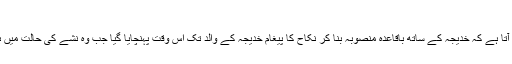
(سیرت ابن ہشام،مترجم ص174،عبداللہ اکیڈمی لاہور)
خدیجہ کے ساتھ شادی کے موقع پر محمد صلعم کا کردار مزید یوں سامنے آتا ہے کہ خدیجہ کے ساتھ باقاعدہ منصوبہ بنا کر نکاح کا پیغام خدیجہ کے والد تک اس وقت پہنچایا گیا جب وہ نشے کی حالت میں ہو کیونکہ باہوش و حواس وہ کبھی خدیجہ کا نکاح محمد صلعم سے نہ کرتا۔